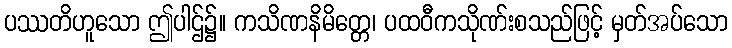
ပဿတိဟူသော ဤပါဌ်၌။ ကသိဏနိမိတ္တေ၊ ပထဝီကသိုဏ်းစသည်ဖြင့် မှတ်အပ်သော